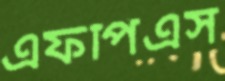
এফপিএস